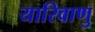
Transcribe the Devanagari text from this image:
यारिवाणु